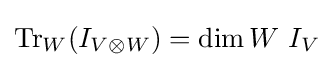
\operatorname {Tr} _{W}(I_{V\otimes W})=\dim W\ I_{V}